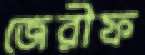
জেরীফ